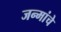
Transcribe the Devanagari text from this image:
जन्मांचे